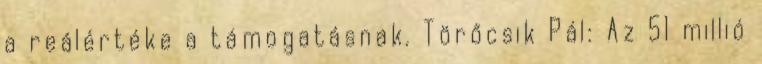
a reálértéke a támogatásnak. Törőcsik Pál: Az 51 millió